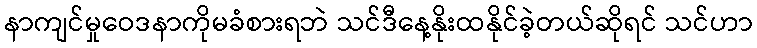
နာကျင်မှုဝေဒနာကိုမခံစားရဘဲ သင်ဒီနေ့နိုးထနိုင်ခဲ့တယ်ဆိုရင် သင်ဟာ